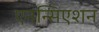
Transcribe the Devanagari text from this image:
एनन्सिएशन